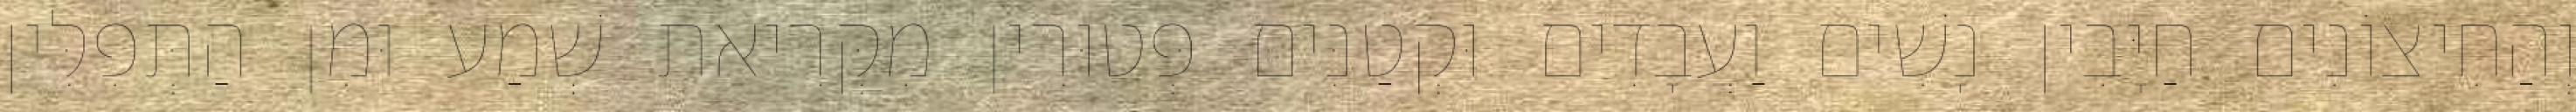
וְהַחִיצוֹנִים חַיָּבִין נָשִׁים וַעֲבָדִים וּקְטַנִּים פְּטוּרִין מִקְּרִיאַת שְׁמַע וּמִן הַתְּפִלִּין